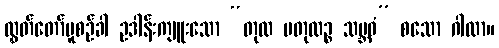
လွှတ်တော်မူစဉ်ခါ ဥဒါန်းကျူးသော “တုလ မတုလဉ္စ သမ္ဘဝံ” စသော ဂါထာ။